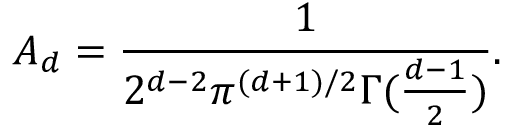
A _ { d } = \frac { 1 } { 2 ^ { d - 2 } \pi ^ { ( d + 1 ) / 2 } \Gamma ( \frac { d - 1 } { 2 } ) } .